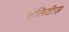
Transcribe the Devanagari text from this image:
ऐलिटीज़